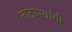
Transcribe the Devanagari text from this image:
नाट्यस्वांगी